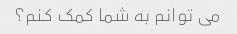
می توانم به شما کمک کنم؟